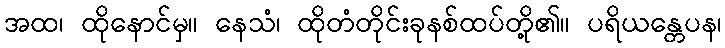
အထ၊ ထိုနောင်မှ။ နေသံ၊ ထိုတံတိုင်းခုနစ်ထပ်တို့၏။ ပရိယန္တေပန၊